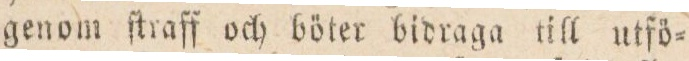
genom ſkraff och böter bidraga till utfö=